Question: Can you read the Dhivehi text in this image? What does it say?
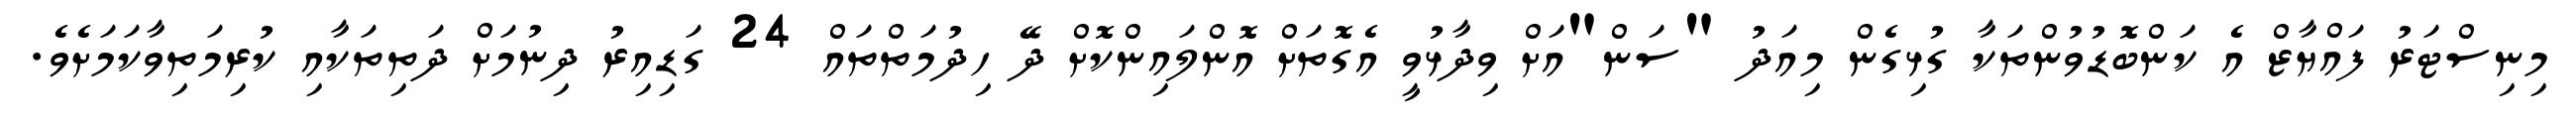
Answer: މިނިސްޓަރު ފައްޔާޒް އެ ކަންބޮޑުވުންތަކާ ގުޅިގެން މިއަދު "ސަން"އަށް ވިދާޅުވީ އެގޮތަށް އޮންލައިންކޮށް ދޭ ހިދުމަތްތައް 24 ގަޑިއިރު ދިނުމަށް ދަތިތަކާއި ކުރިމަތިވާކަމަށެވެ.